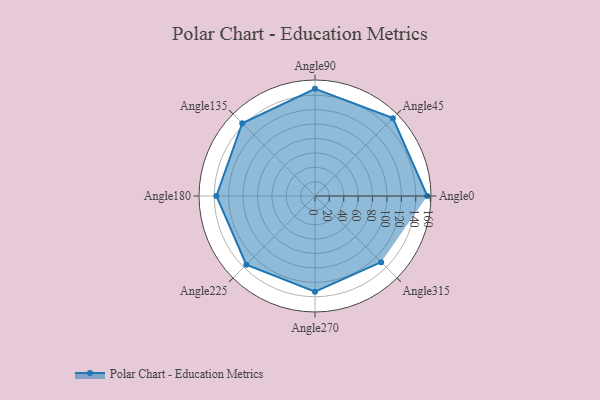
{"axis": {"x": "Angle", "y": "Radius"}, "legend": [""], "data": [{"x": "Angle0", "y": 156.0, "type": ""}, {"x": "Angle45", "y": 153.0, "type": ""}, {"x": "Angle90", "y": 149.0, "type": ""}, {"x": "Angle135", "y": 143.0, "type": ""}, {"x": "Angle180", "y": 137.0, "type": ""}, {"x": "Angle225", "y": 135.0, "type": ""}, {"x": "Angle270", "y": 133.0, "type": ""}, {"x": "Angle315", "y": 130.0, "type": ""}]}